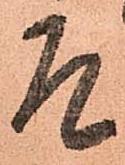
乍